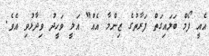
އެއީ ފޯމް ބަލައިގަތް ފަރާތުގެ ޒިންމާ އެއް" އަލީ ވަހީދު ވިދާޅުވި އެވެ.